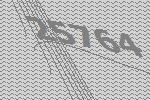
25764